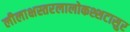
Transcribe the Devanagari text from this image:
लीलाक्षस्तरलालोकश्शटासुर